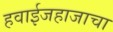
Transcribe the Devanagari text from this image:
हवाईजहाजाचा